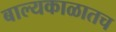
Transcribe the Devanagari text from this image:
बाल्यकाळातच